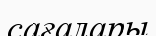
сағалары